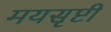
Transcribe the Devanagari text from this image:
मयसृष्टी